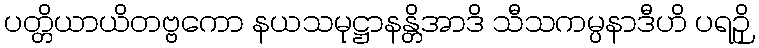
ပတ္တိယာယိတဗ္ဗကော နယသမုဋ္ဌာနန္တိအာဒိ သီသကမ္ပနာဒီဟိ ပရဉှိ